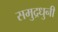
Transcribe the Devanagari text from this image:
समुद्रधुनी